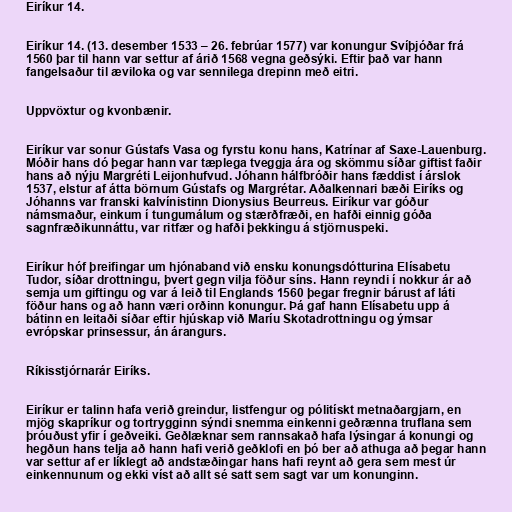
Eiríkur 14.

Eiríkur 14. (13. desember 1533 – 26. febrúar 1577) var konungur Svíþjóðar frá
1560 þar til hann var settur af árið 1568 vegna geðsýki. Eftir það var hann
fangelsaður til æviloka og var sennilega drepinn með eitri.

Uppvöxtur og kvonbænir.

Eiríkur var sonur Gústafs Vasa og fyrstu konu hans, Katrínar af Saxe-Lauenburg.
Móðir hans dó þegar hann var tæplega tveggja ára og skömmu síðar giftist faðir
hans að nýju Margréti Leijonhufvud. Jóhann hálfbróðir hans fæddist í árslok
1537, elstur af átta börnum Gústafs og Margrétar. Aðalkennari bæði Eiríks og
Jóhanns var franski kalvínistinn Dionysius Beurreus. Eiríkur var góður
námsmaður, einkum í tungumálum og stærðfræði, en hafði einnig góða
sagnfræðikunnáttu, var ritfær og hafði þekkingu á stjörnuspeki.

Eiríkur hóf þreifingar um hjónaband við ensku konungsdótturina Elísabetu
Tudor, síðar drottningu, þvert gegn vilja föður síns. Hann reyndi í nokkur ár að
semja um giftingu og var á leið til Englands 1560 þegar fregnir bárust af láti
föður hans og að hann væri orðinn konungur. Þá gaf hann Elísabetu upp á
bátinn en leitaði síðar eftir hjúskap við Maríu Skotadrottningu og ýmsar
evrópskar prinsessur, án árangurs.

Ríkisstjórnarár Eiríks.

Eiríkur er talinn hafa verið greindur, listfengur og pólitískt metnaðargjarn, en
mjög skapríkur og tortrygginn sýndi snemma einkenni geðrænna truflana sem
þróuðust yfir í geðveiki. Geðlæknar sem rannsakað hafa lýsingar á konungi og
hegðun hans telja að hann hafi verið geðklofi en þó ber að athuga að þegar hann
var settur af er líklegt að andstæðingar hans hafi reynt að gera sem mest úr
einkennunum og ekki víst að allt sé satt sem sagt var um konunginn.